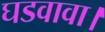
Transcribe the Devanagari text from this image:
घडवावा।